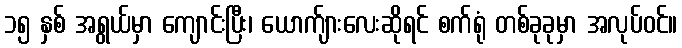
၁၅ နှစ် အရွယ်မှာ ကျောင်းပြီး၊ ယောက်ျားလေးဆိုရင် စက်ရုံ တစ်ခုခုမှာ အလုပ်ဝင်။